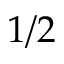
1 / 2